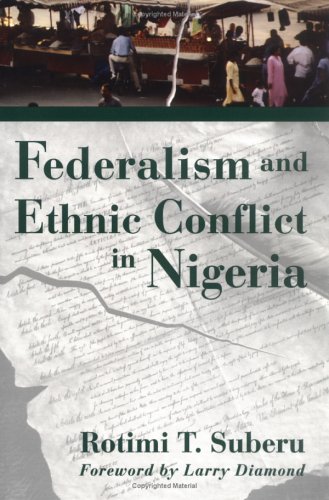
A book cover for Federalism and Ethnic Conflict in Nigeria; Rotimi Suberu; History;